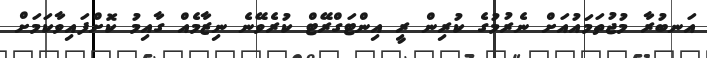
އަނބުރާ މުޖުތަމައުއަށް ނެރުމުގެ ކުރިން ރީ އިންޓަގްރޭޓް ކުރެވޭނެ ނިޒާމެއް ގާއިމު ކޮށްފައިވާކަމަށް